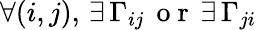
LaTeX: \forall(i,j),\, \exists\, \Gamma_{ij}\, \mathrm{~o~r~}\, \exists\, \Gamma_{ji}